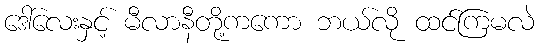
ဒေါ်လေးနှင့် မီလာနီတို့ကကော ဘယ်လို ထင်ကြမလဲ